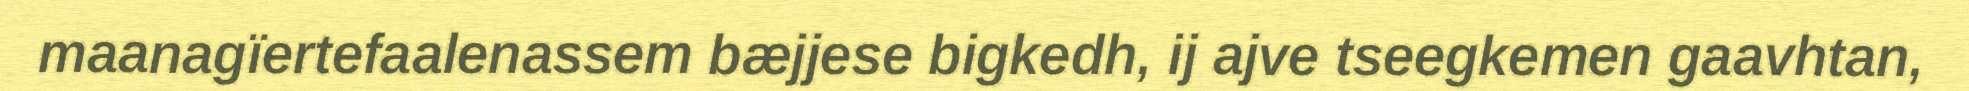
maanagïertefaalenassem bæjjese bigkedh, ij ajve tseegkemen gaavhtan,